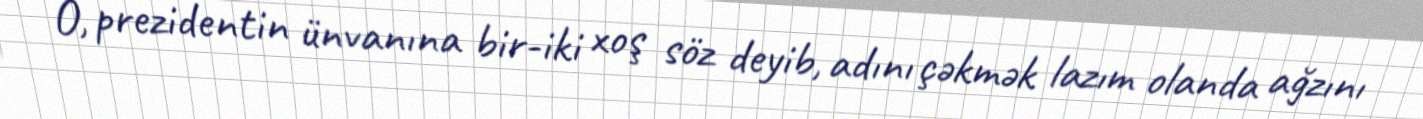
O, prezidentin ünvanına bir-iki xoş söz deyib, adını çəkmək lazım olanda ağzını